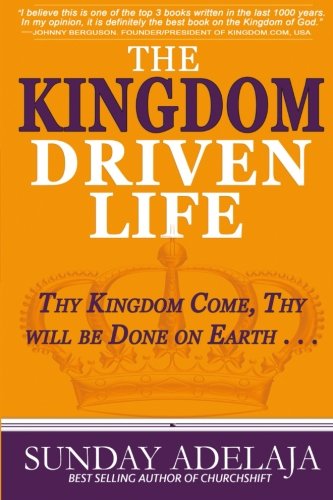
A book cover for The Kingdom Driven Life; Sunday Adelaja; Christian Books & Bibles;